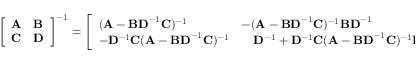
{ \left[ \begin{array} { l l } { \mathbf { A } } & { \mathbf { B } } \\ { \mathbf { C } } & { \mathbf { D } } \end{array} \right] } ^ { - 1 } = { \left[ \begin{array} { l l } { ( \mathbf { A } - \mathbf { B D } ^ { - 1 } \mathbf { C } ) ^ { - 1 } } & { - ( \mathbf { A } - \mathbf { B D } ^ { - 1 } \mathbf { C } ) ^ { - 1 } \mathbf { B D } ^ { - 1 } } \\ { - \mathbf { D } ^ { - 1 } \mathbf { C } ( \mathbf { A } - \mathbf { B D } ^ { - 1 } \mathbf { C } ) ^ { - 1 } } & { \quad \mathbf { D } ^ { - 1 } + \mathbf { D } ^ { - 1 } \mathbf { C } ( \mathbf { A } - \mathbf { B D } ^ { - 1 } \mathbf { C } ) ^ { - 1 } \mathbf { B D } ^ { - 1 } } \end{array} \right] } .